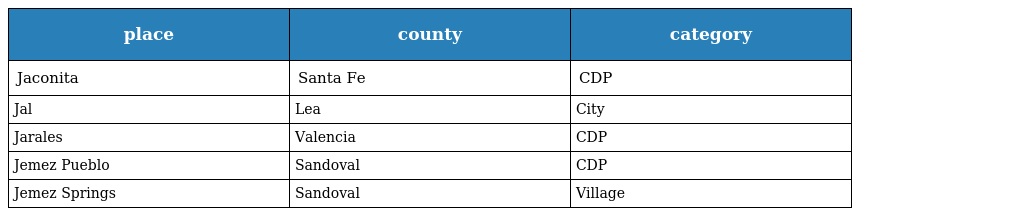
| place | county | category |
 | --- | --- | --- |
 | Jaconita | Santa Fe | CDP |
 | Jal | Lea | City |
 | Jarales | Valencia | CDP |
 | Jemez Pueblo | Sandoval | CDP |
 | Jemez Springs | Sandoval | Village |